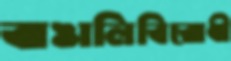
বাঙালিবিরোধী